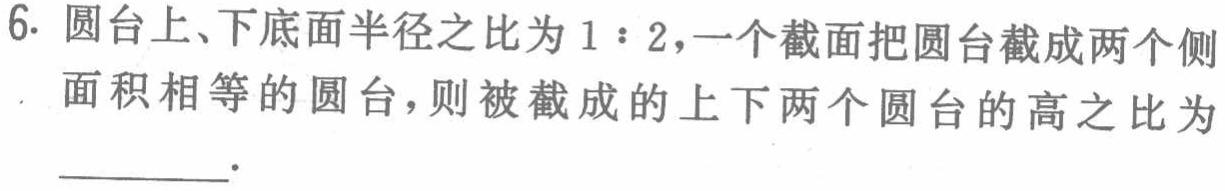
6. 圆台上、下底面半径之比为\(1:2\)，一个截面把圆台截成两个侧面积相等的圆台，则被截成的上下两个圆台的高之比为____.